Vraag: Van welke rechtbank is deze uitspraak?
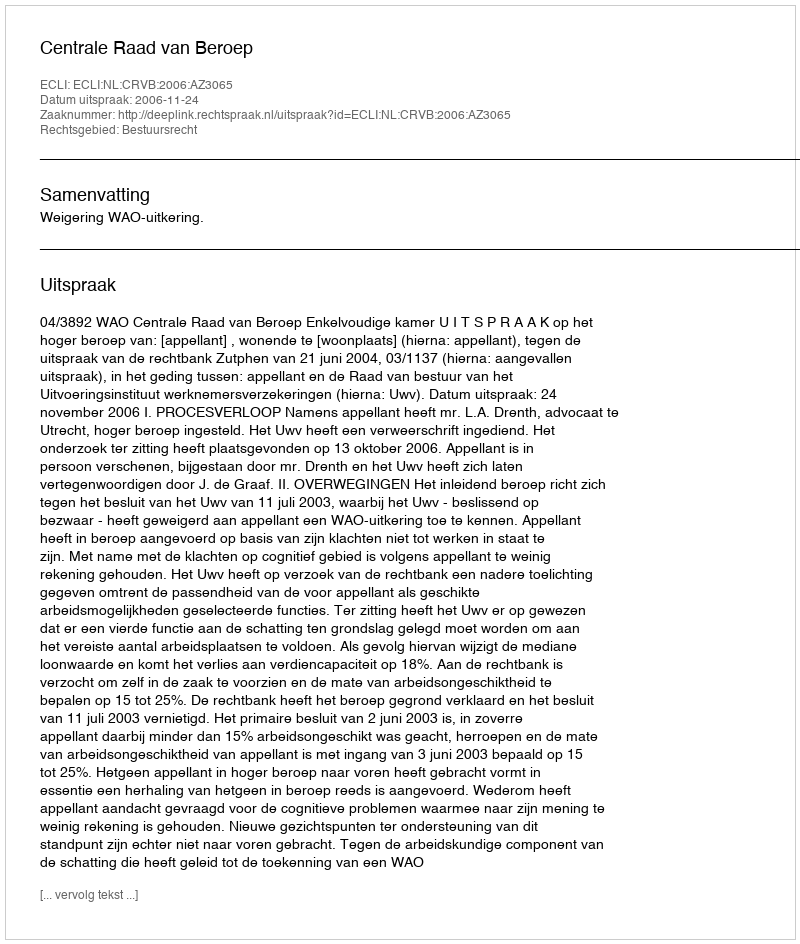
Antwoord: Centrale Raad van Beroep